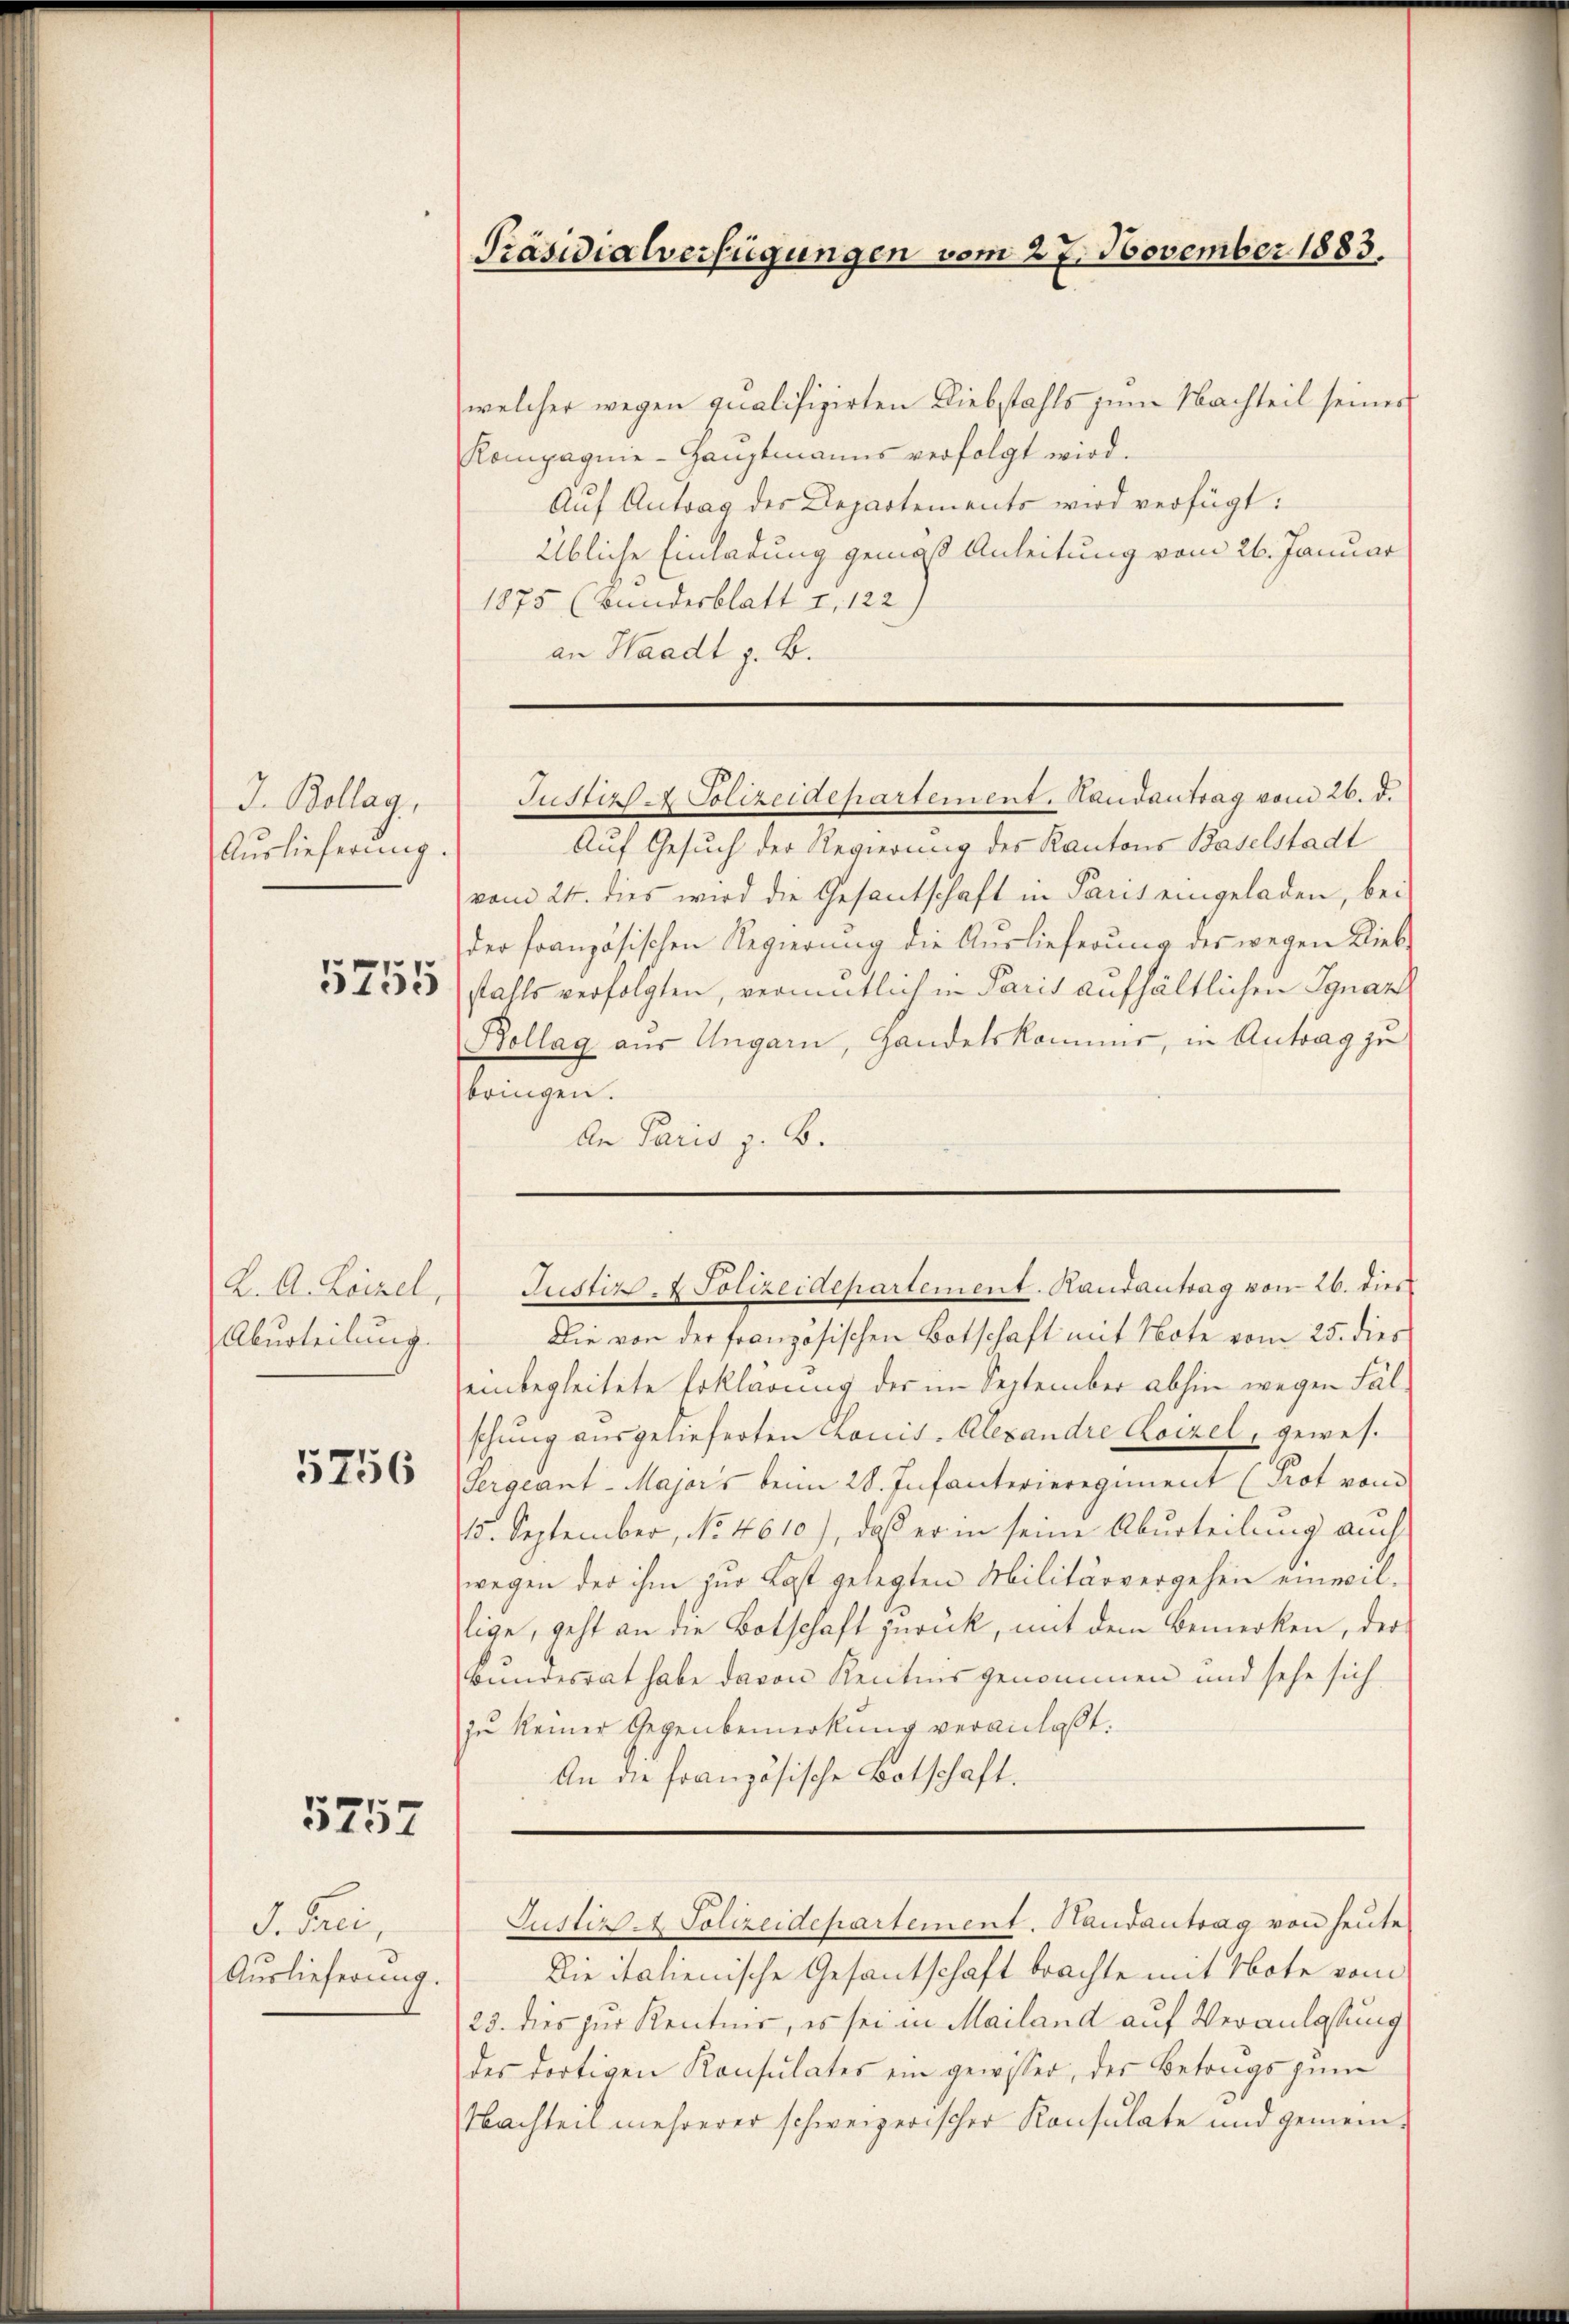
J. Bollag,
Auslieferung

5755

K. A. Lorzel,
Aburteilung.

5756

5757

I. Peci,
Auslieferung.

Präsidialverfügungen vom 27. November 1883.

welcher wegen qualifizirten Diebstahls zum Nachteil seiner
Kompagnie-Haŭptmanns verfolgt wird.
Auf Antrag des Departements wird verfügt:
Übliche Einladung gemäß Anleitung vom 26. Januar
1875 (Bundesblatt I. 122)
an Waadt z. B.
Auf Gesuch der Regierung des Kantons Baselstadt
vom 24. dies wird die Gesantschaft in Paris eingeladen, bei
der französischen Regierung die Auslieferung des wegen Lieb-
stahls verfolgten, vermentlich in Paris aufhältlichen Ignaz
Kollag aus Ungarn, Handelskommis, in Antrag zu
bringen.
An Paris z. B.
Die von der französischen Botschaft mit Note vom 25. dies
einbegleitete Erklärung der im September abhin wegen Fälschung ausgelieferten Louis-Alexandre Loizel, gewes.
Sergeant-Majors beim 28. Infanterieregiment (Prot vom
15. September, No. 4610), daß er in seine Aburteilung auch
wegen der ihm zur Last gelegten Militärvergehen einwil-
lige, geht an die Botschaft zurück, mit dem Bemerken, der
bundesrat habe davon Rentnis genommen und sehe sich
zŭ keiner Gegenbemerkŭng veranlaßt.
An die französische Botschaft.
Justiz- & Polizeidepartement. Handantrag von heute
Die italienische Gesantschaft brachte mit Note vom
23. dies zur Kenntnis, es sei in Mailand auf Veranlassung
des dortigen Konsulates ein gewisser, der Betrags zum
Nachteil mehrerer schweizerischer Konsulate und gemein¬

Justiz - Polizeidepartement. Handantrag vom 26. d.

Justiz- & Polizeidepartement. Randantrag von 26. dies